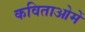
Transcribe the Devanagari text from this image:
कविताओमें